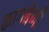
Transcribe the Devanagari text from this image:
कागबेणी